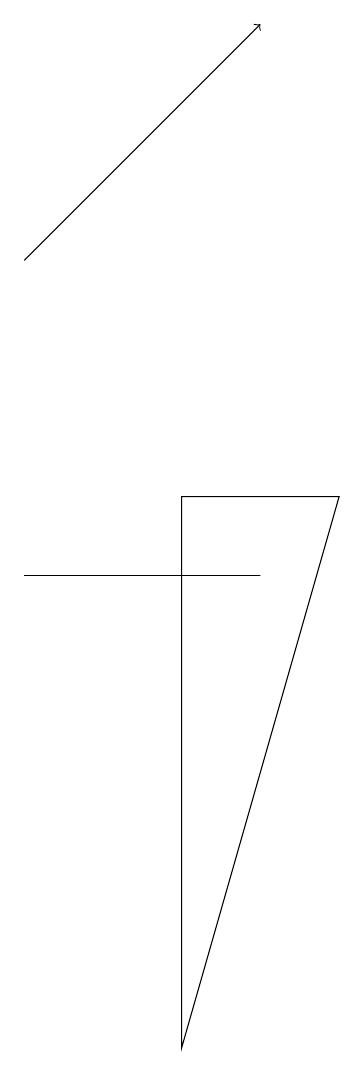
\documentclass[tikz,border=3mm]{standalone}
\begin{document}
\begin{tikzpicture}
\draw (2,8) -- (2,8) -- (5,8) -- cycle;
\draw[->] (2,12) -- (5,15);
\draw (6,9) -- (4,2) -- (4,9) -- cycle;
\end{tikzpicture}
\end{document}